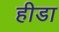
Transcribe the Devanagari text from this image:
हीडा